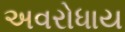
અવરોધાય